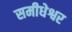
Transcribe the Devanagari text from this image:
समीधेश्वर